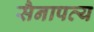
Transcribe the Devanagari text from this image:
सैनापत्य